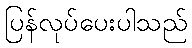
ပြန်လုပ်ပေးပါသည်